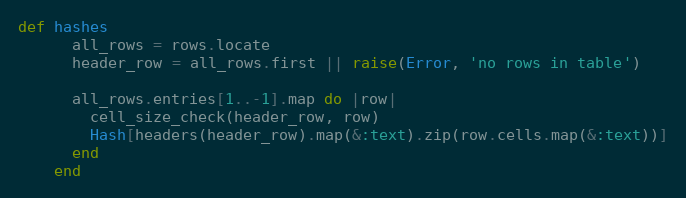
Language: Ruby
def hashes
      all_rows = rows.locate
      header_row = all_rows.first || raise(Error, 'no rows in table')

      all_rows.entries[1..-1].map do |row|
        cell_size_check(header_row, row)
        Hash[headers(header_row).map(&:text).zip(row.cells.map(&:text))]
      end
    end